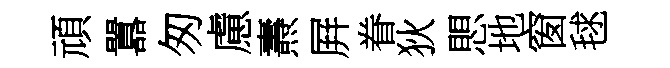
頑囂匆慮燾屛眷狄愳地窗毬